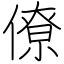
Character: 僚